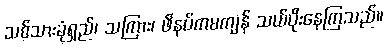
သစ်သားခုံရှည်၊ သကြား၊ ဖိနပ်ကမကျန် သယ်ပိုးနေကြသည်။